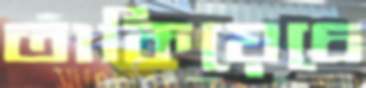
তাকিয়েচে